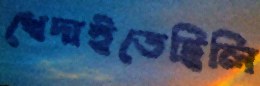
খেদাইতেছিলি